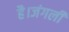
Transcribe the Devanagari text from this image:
है।जंगली